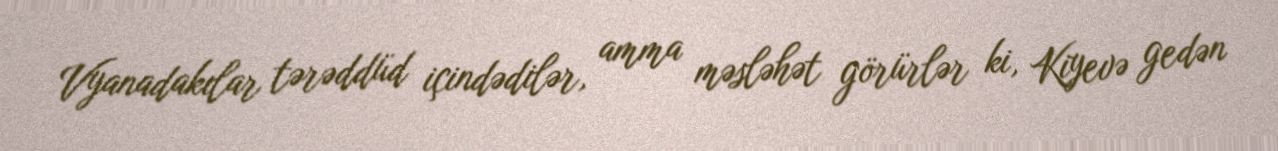
Vyanadakılar tərəddüd içindədilər, amma məsləhət görürlər ki, Kiyevə gedən